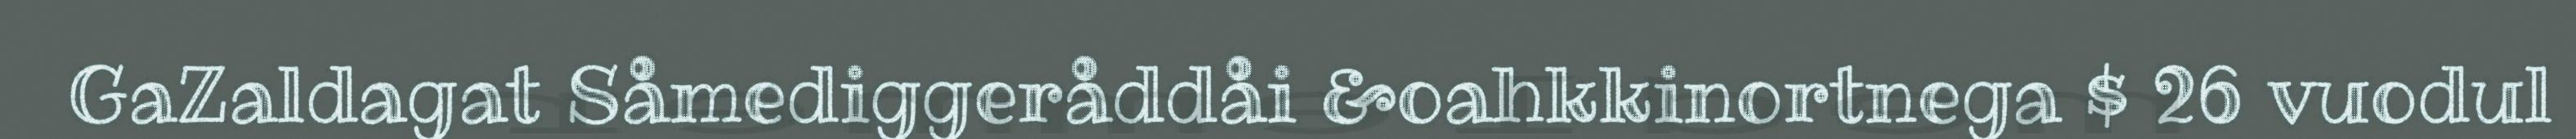
GaZaldagat Såmediggeråddåi &oahkkinortnega $ 26 vuodul